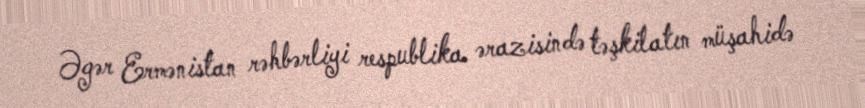
Əgər Ermənistan rəhbərliyi respublika ərazisində təşkilatın müşahidə